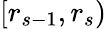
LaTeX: [r_{s-1},r_{s})